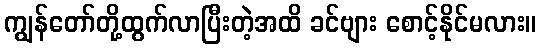
ကျွန်တော်တို့ထွက်လာပြီးတဲ့အထိ ခင်ဗျား စောင့်နိုင်မလား။